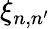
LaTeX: \xi_{n,n^{\prime}}